Report of the Municipal Commissioner on the plague in Bombay for the year ending 31st May... - Volume 2
Disease focus: Plague
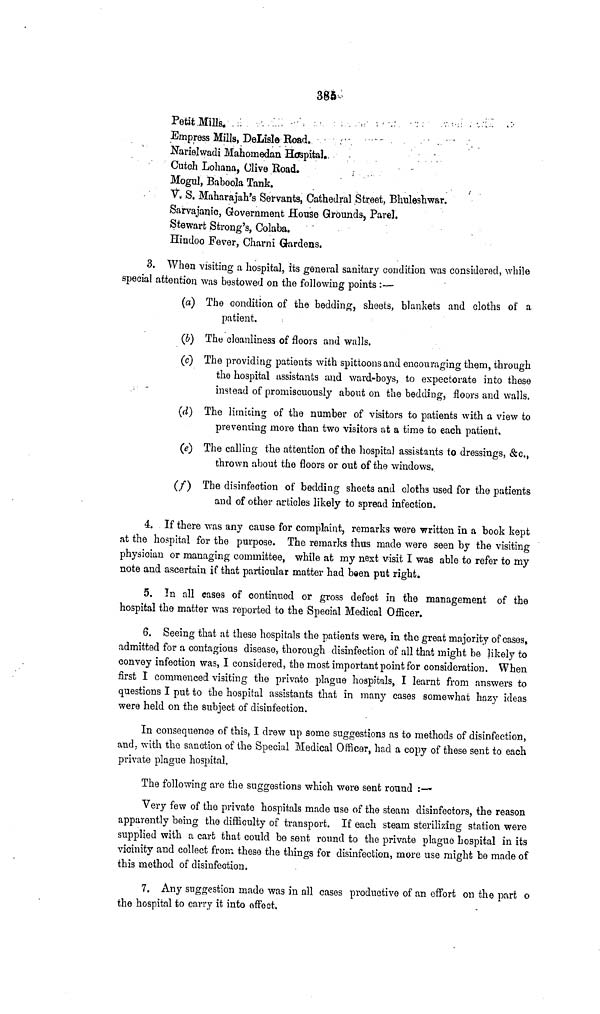
385
Petit Mills.
Empress Mills, DeLisle Road.
Narielwadi Mahomedan Hospital.,
Cutch Lohana, Clive Road.
Mogul, Baboola Tank.
V.S. Maharajah's Servants, Cathedral Street, Bhuleshwar.
Sarvajanic, Government House Grounds, Parel.
Stewart Strong's, Colaba.
Hindoo Fever, Charni Gardens.
3. When visiting a hospital, its general sanitary condition was considered, while
special attention was bestowed on the following points :—
(a) The condition of the bedding, sheets, blankets and cloths of a
patient.
(b) The cleanliness of floors and walls.
(c) The providing patients with spittoons and encouraging them, through
the hospital assistants and ward-boys, to expectorate into these
instead of promiscuously about on the bedding, floors and walls.
(d) The limiting of the number of visitors to patients with a view to
preventing more than two visitors at a time to each patient,
(e) The calling the attention of the hospital assistants to dressings, &c.,
thrown about the floors or out of the windows.
(f)
The disinfection of bedding sheets and cloths used for the patients
and of other articles likely to spread infection.
4. If there was any cause for complaint, remarks were written in a book kept
at the hospital for the purpose. The remarks thus made were seen by the visiting
physician or managing committee, while at my next visit I was able to refer to my
note and ascertain if that particular matter had been put right.
5. In all cases of continued or gross defect in the management of the
hospital the matter was reported to the Special Medical Officer.
6. Seeing that at these hospitals the patients were, in the great majority of cases,
admitted for a contagious disease, thorough disinfection of all that might be likely to
convey infection was, I considered, the most important point for consideration. When
first I commenced visiting the private plague hospitals, I learnt from answers to
questions I put to the hospital assistants that in many cases somewhat hazy ideas
were held on the subject of disinfection.
In consequence of this, I drew up some suggestions as to methods of disinfection,
and, with the sanction of the Special Medical Officer, had a copy of these sent to each
private plague hospital.
The following are the suggestions which were sent round :—
Very few of the private hospitals made use of the steam disinfectors, the reason
apparently being the difficulty of transport. If each steam sterilizing station were
supplied with a cart that could be sent round to the private plague hospital in its
vicinity and collect from these the things for disinfection, more use might be made of
this method of disinfection.
7. Any suggestion made was in all cases productive of an effort on the part o
the hospital to carry it into effect.